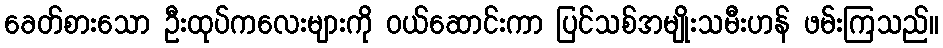
ခေတ်စားသော ဦးထုပ်ကလေးများကို ဝယ်ဆောင်းကာ ပြင်သစ်အမျိုးသမီးဟန် ဖမ်းကြသည်။